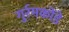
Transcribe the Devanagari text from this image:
गुर्रमकोंडे